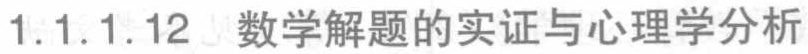
1.1.1.12 数学解题的实证与心理学分析